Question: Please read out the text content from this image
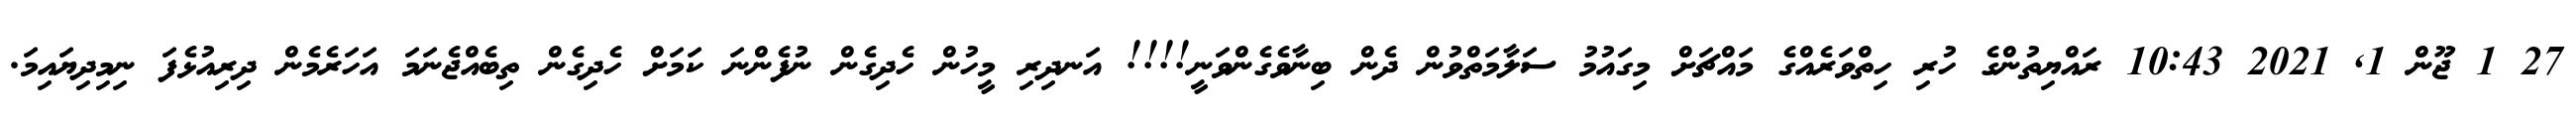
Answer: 27 1 ޖޫން 1, 2021 10:43 ރައްޔިތުންގެ ހުރި ހިތްވަރެއްގެ މައްޗަށް މިގައުމު ސަލާމަތްވުން ދެން ބިނާވެގެންވަނީ!!!! އަނދިރި މީހުން ހެދިގެން ނުފެންނަ ކަމަށް ހެދިގެން ތިބެއްޖެނަމަ އަހަރެމެން ދިރިއުޅެފަ ނިމިދިޔައިމަ.